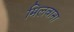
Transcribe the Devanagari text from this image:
मिलवाना